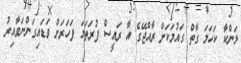
ލަންކާ ކަހަލަ ގާތް ގައުމަކަށް ރާއްޖޭގެ އާ ރައީސް ފުރަތަމަ ފަހަރަށް ވަޑައިގަންނަވާއިރު